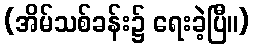
(အိမ်သစ်ခန်း၌ ရေးခဲ့ပြီ။)